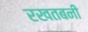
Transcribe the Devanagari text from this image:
रखतबनी